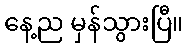
နေ့ည မှန်သွားပြီ။